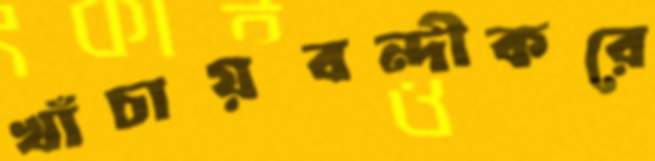
খাঁচায়বন্দীকরে